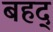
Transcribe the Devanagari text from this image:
बहद्